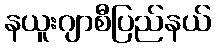
နယူးဂျာစီပြည်နယ်